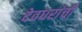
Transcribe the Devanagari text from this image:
देवधरांची